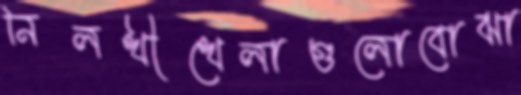
নিলখীখেলাগুলোবোঝা